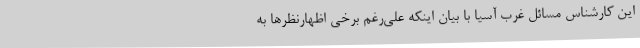
این کارشناس مسائل غرب آسیا با بیان اینکه علی‌رغم برخی اظهارنظرها به